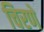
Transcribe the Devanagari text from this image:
चिरणे